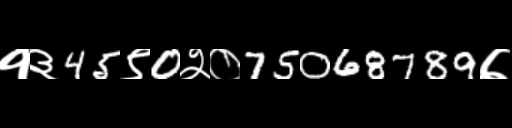
Text: १३45९0२०75068789७